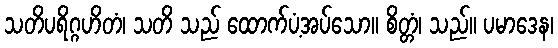
သတိပရိဂ္ဂဟိတံ၊ သတိ သည် ထောက်ပံ့အပ်သော။ စိတ္တံ၊ သည်။ ပမာဒေန၊